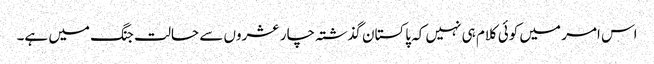
اس امر میں کوئی کلام ہی نہیں کہ پاکستان گذشتہ چار عشروں سے حالت جنگ میں ہے۔